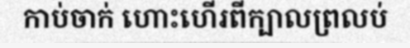
កាប់ចាក់ ហោះហើរពីក្បាលព្រលប់